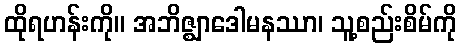
ထိုရဟန်းကို။ အဘိဇ္ဈာဒေါမနဿာ၊ သူ့စည်းစိမ်ကို